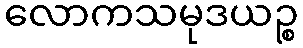
လောကသမုဒယဉ္စ